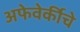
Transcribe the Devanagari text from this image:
अफेवेर्कीचे